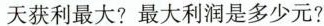
天获利最大?最大利润是多少元?